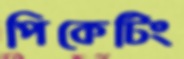
পিকেটিং